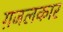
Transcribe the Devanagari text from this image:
ग़जलकार